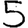
Digit: 5